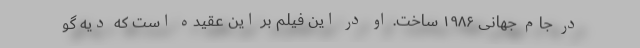
در جام جهانی ۱۹۸۶ ساخت. او در این فیلم بر این عقیده است که دیه گو